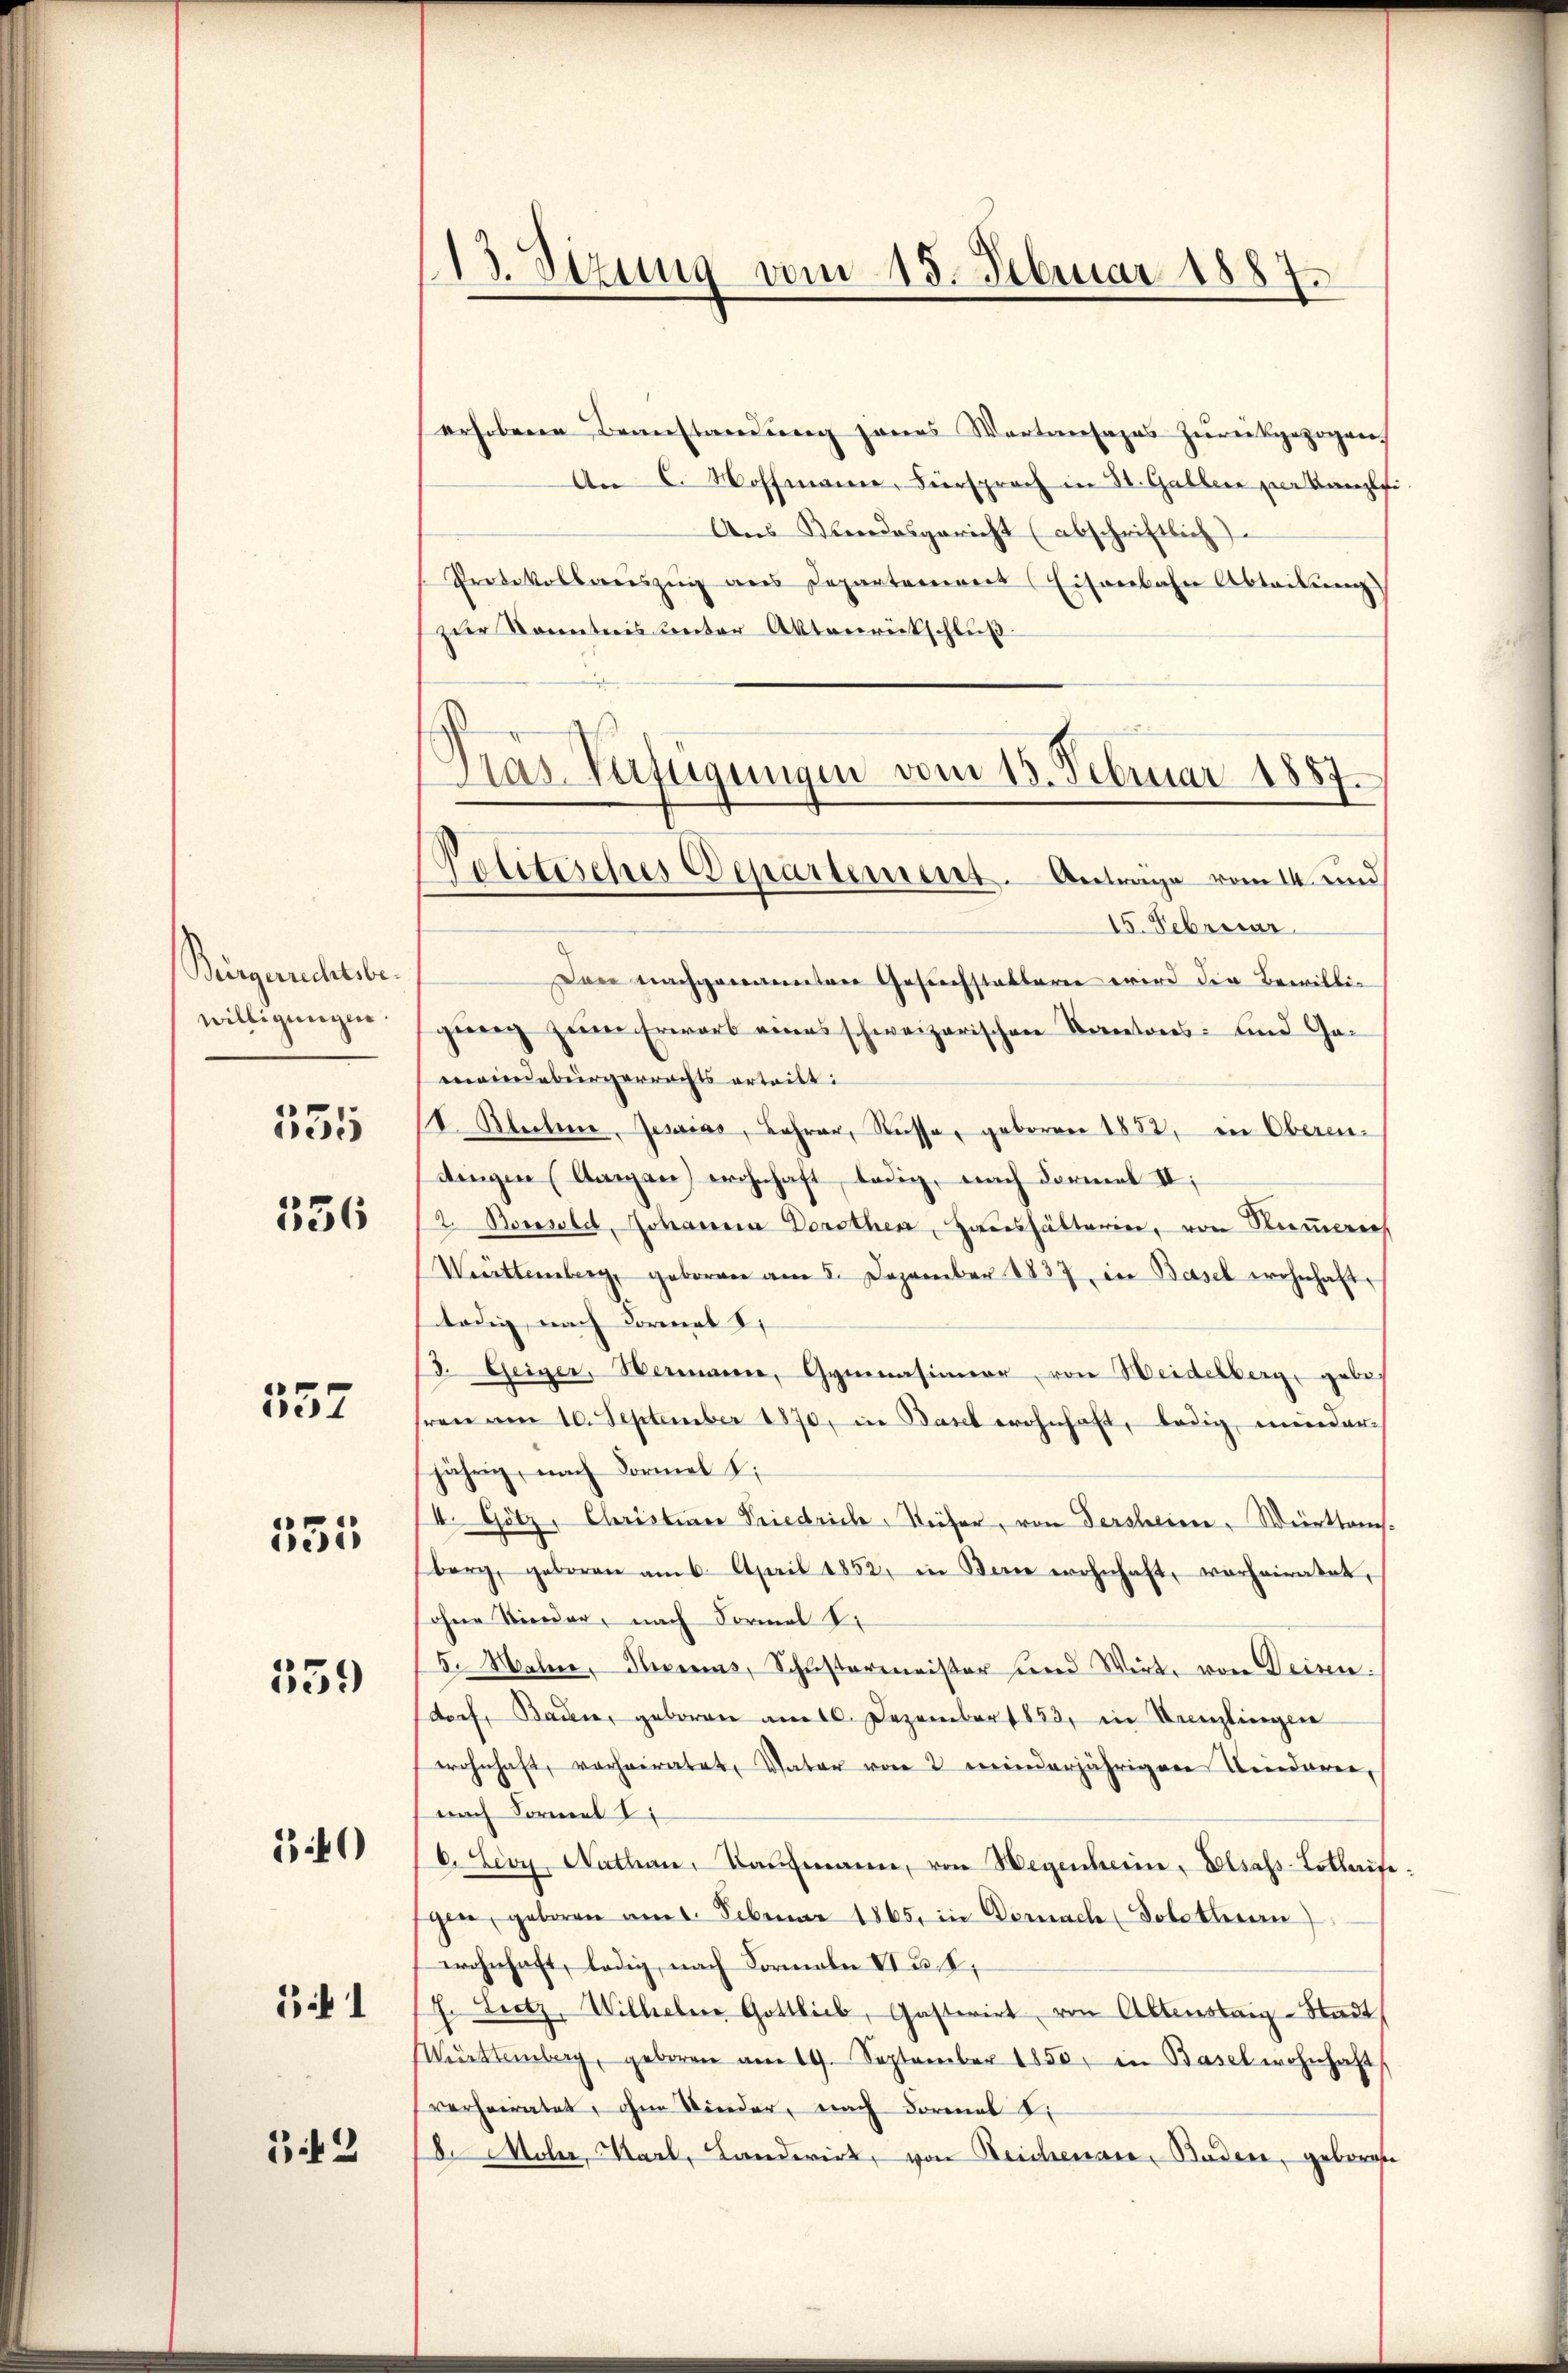
Bürgerrechtebr.
willigungen.

555

336

557

335

359

0

if 1

1 f 2

13. Sizung vom 15. Februar 1887.

erhobene Beanstandung jenes Wortansages zurückgezogen,
An C. Woffmann, Fürsprach in St. Gallen verkanzlei
Aus Kundesgericht (abschriftlich
Protokollweŭzŭg ans Departement (Eisenbahn Abteilung
zur Kenntnis unter Aktenrückschluß
Das Verfügungen vom 13. Februar 1857.

Politisches Departement. Antrage vom 14. und

15. Februar
Den nachgenannten Gesuchstatteren wird die Bewilligieng zum Erwart eines schweizerischen Kantons- und Gaeindebürgerrechts ertritt:
18. Blutene, Jesuias, Lehrer, Nüsse, geboren 1852, in Oberendingen (langen) wohnhaft, ledig, nach Formal II:
12. Bonsold, Johanna Dorothen, Haushälterin, von Nummerech
Württemberg, geboren am 5. Dezember 1837, in Basel wohnhafte
lödig, nach Formal
d. Geizer, Wermann, Gymnasianor, von Weidelberg gebe
hren am 10. September 1870, in Basel wohnhaft, ledig, minder-
jährig, nach Formel L.
/4. Götz, Christiner Friedrich, Weiser, von dersheim Werthansberg, geboren am 6. April 1852, in Berne wohnhaft vorheiratet,
ohne Kinder, nach Formal S.
5. Wahre, Pressens, Schŭstermeister sind Wirke von Deisen
dorf, Baden, geboren am 10. Dezember 1853, in Kanzlingen
wohnhaft, vorheiratet, Vater von 2 minderjährigen Lindaren,
nach Formel
6. Leoy, Nathan, Kaŭfmann, von Wegenheim, Elsass-Lotlaifegen, geboren am 1. Februar 1865. in Demnach (Solothurn)
wohnhaft, ledig, nach Formale VI n. 2.
/7. Leetz, Wilhelm Gottlieb, Gasterirt von Altenstag-Stadt
Mŭrttemberg, geboren am 19. September 1850 in Basel wohnhaft
verheiratet, ohne Kinder, nach Formal S.
. Moler, Karl, Landerirt, von Reichenare, Baden, geborente